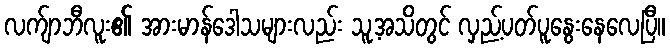
လက်ျာဘီလူး၏ အားမာန်ဒေါသများလည်း သူ့အသိတွင် လှည့်ပတ်ပူနွေးနေလေပြီ။